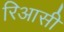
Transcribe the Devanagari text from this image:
रिआसी